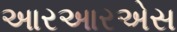
આરઆરએસ